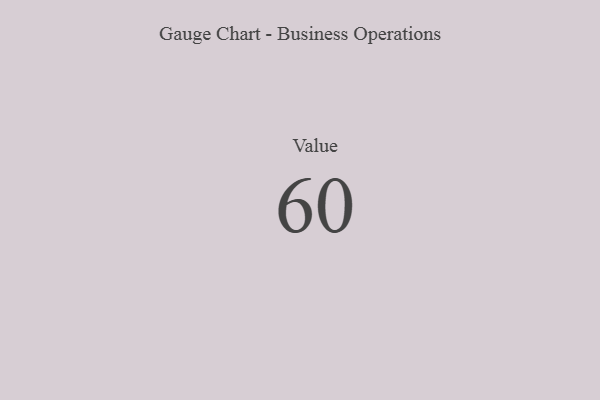
{"axis": {"x": "Metric", "y": "Value"}, "legend": [""], "data": [{"x": "Value", "y": 60, "type": ""}]}